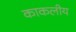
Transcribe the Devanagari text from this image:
काकलीय